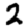
Digit: 2